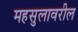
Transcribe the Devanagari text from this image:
महसुलावरील